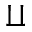
\amalg